Vaccine operations Central Provinces 1868-1885 - 1868-1885
Year: 1868
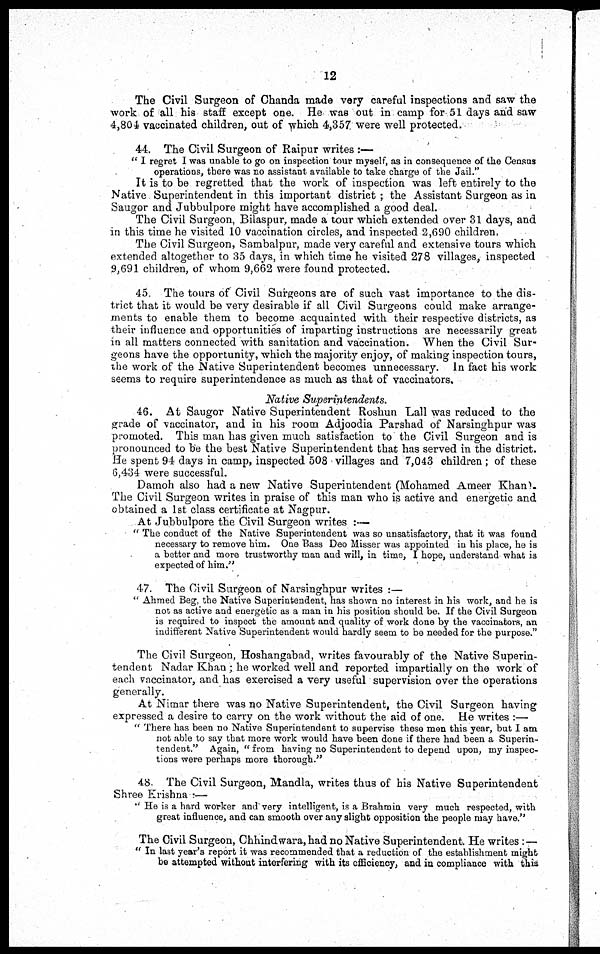
12
The Civil Surgeon of Chanda made very careful inspections and saw the
work of all his staff except one. He was out in camp for 51 days and saw
4,804 vaccinated children, out of which 4,357 were well protected.
44. The Civil Surgeon of Raipur writes :—
" I regret I was unable to go on inspection tour myself, as in consequence of the Census
operations, there was no assistant available to take charge of the Jail."
It is to be regretted that the work of inspection was left entirely to the
Native Superintendent in this important district ; the Assistant Surgeon as in
Saugor and Jubbulpore might have accomplished a good deal.
The Civil Surgeon, Bilaspur, made a tour which extended over 31 days, and
in this time he visited 10 vaccination circles, and inspected 2,690 children.
The Civil Surgeon, Sambalpur, made very careful and extensive tours which
extended altogether to 35 days, in which time he visited 278 villages, inspected
9,691 children, of whom 9,662 were found protected.
45. The tours of Civil Surgeons are of such vast importance to the dis-
trict that it would be very desirable if all Civil Surgeons could make arrange-
ments to enable them to become acquainted with their respective districts, as
their influence and opportunities of imparting instructions are necessarily great
in all matters connected with sanitation and vaccination. When the Civil Sur-
geons have the opportunity, which the majority enjoy, of making inspection tours,
the work of the Native Superintendent becomes unnecessary. In fact his work
seems to require superintendence as much as that of vaccinators.
Native
Superintendents.
46. At Saugor Native Superintendent Roshun Lall was reduced to the
grade of vaccinator, and in his room Adjoodia Parshad of Narsinghpur was
promoted. This man has given much satisfaction to the Civil Surgeon and is
pronounced to be the best Native Superintendent that has served in the district.
He spent 94 days in camp, inspected 508 villages and 7,043 children ; of these
6,434 were successful.
Damoh also had a new Native Superintendent (Mohamed Ameer Khan).
The Civil Surgeon writes in praise of this man who is active and energetic and
obtained a 1st class certificate at Nagpur.
At Jubbulpore the Civil Surgeon writes :—
" The conduct of the Native Superintendent was so unsatisfactory, that it was found
necessary to remove him. One Bass Deo Misser was appointed in his place, he is
a better and more trustworthy man and will, in time, I hope, understand what is
expected of him."
47. The Civil Surgeon of Narsinghpur writes :—
" Ahmed Beg, the Native Superintendent, has shown no interest in his work, and he is
not as active and energetic as a man in his position should be. If the Civil Surgeon
is required to inspect the amount and quality of work done by the vaccinators, an
indifferent Native Superintendent would hardly seem to be needed for the purpose."
The Civil Surgeon, Hoshangabad, writes favourably of the Native Superin-
tendent Nadar Khan ; he worked well and reported impartially on the work of
each vaccinator, and has exercised a very useful supervision over the operations
generally.
At Nimar there was no Native Superintendent, the Civil Surgeon having
expressed a desire to carry on the work without the aid of one. He writes :—
" There has been no Native Superintendent to supervise these men this year, but I am
not able to say that more work would have been done if there had been a Superin-
tendent." Again, " from having no Superintendent to depend upon, my inspec-
tions were perhaps more thorough."
48. The Civil Surgeon, Mandla, writes thus of his Native Superintendent
Shree Krishna :—
" He is a hard worker and very intelligent, is a Brahmin very much respected, with
great influence, and can smooth over any slight opposition the people may have."
The Civil Surgeon, Chhindwara, had no Native Superintendent. He writes :—
" In last year's report it was recommended that a reduction of the establishment might
be attempted without interfering with its efficiency, and in compliance with this